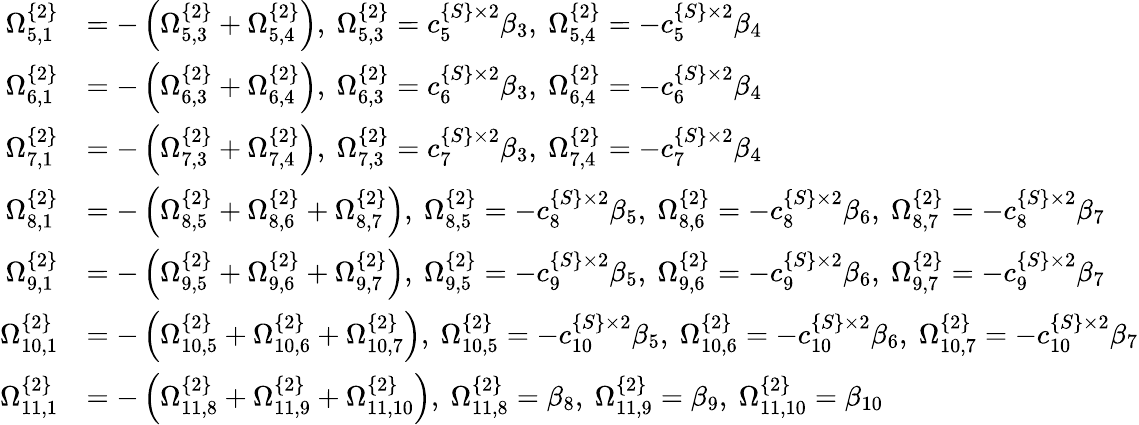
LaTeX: \begin{array}{rl}{\Omega_{5,1}^{\{ 2\} }}&{=-\left(\Omega_{5,3}^{\{ 2\} }+\Omega_{5,4}^{\{ 2\} }\right),\ \Omega_{5,3}^{\{ 2\} }=c_{5}^{\{ S\} \times 2}\beta_{3},\ \Omega_{5,4}^{\{ 2\} }=-c_{5}^{\{ S\} \times 2}\beta_{4}}\\ {\Omega_{6,1}^{\{ 2\} }}&{=-\left(\Omega_{6,3}^{\{ 2\} }+\Omega_{6,4}^{\{ 2\} }\right),\ \Omega_{6,3}^{\{ 2\} }=c_{6}^{\{ S\} \times 2}\beta_{3},\ \Omega_{6,4}^{\{ 2\} }=-c_{6}^{\{ S\} \times 2}\beta_{4}}\\ {\Omega_{7,1}^{\{ 2\} }}&{=-\left(\Omega_{7,3}^{\{ 2\} }+\Omega_{7,4}^{\{ 2\} }\right),\ \Omega_{7,3}^{\{ 2\} }=c_{7}^{\{ S\} \times 2}\beta_{3},\ \Omega_{7,4}^{\{ 2\} }=-c_{7}^{\{ S\} \times 2}\beta_{4}}\\ {\Omega_{8,1}^{\{ 2\} }}&{=-\left(\Omega_{8,5}^{\{ 2\} }+\Omega_{8,6}^{\{ 2\} }+\Omega_{8,7}^{\{ 2\} }\right),\ \Omega_{8,5}^{\{ 2\} }=-c_{8}^{\{ S\} \times 2}\beta_{5},\ \Omega_{8,6}^{\{ 2\} }=-c_{8}^{\{ S\} \times 2}\beta_{6},\ \Omega_{8,7}^{\{ 2\} }=-c_{8}^{\{ S\} \times 2}\beta_{7}}\\ {\Omega_{9,1}^{\{ 2\} }}&{=-\left(\Omega_{9,5}^{\{ 2\} }+\Omega_{9,6}^{\{ 2\} }+\Omega_{9,7}^{\{ 2\} }\right),\ \Omega_{9,5}^{\{ 2\} }=-c_{9}^{\{ S\} \times 2}\beta_{5},\ \Omega_{9,6}^{\{ 2\} }=-c_{9}^{\{ S\} \times 2}\beta_{6},\ \Omega_{9,7}^{\{ 2\} }=-c_{9}^{\{ S\} \times 2}\beta_{7}}\\ {\Omega_{10,1}^{\{ 2\} }}&{=-\left(\Omega_{10,5}^{\{ 2\} }+\Omega_{10,6}^{\{ 2\} }+\Omega_{10,7}^{\{ 2\} }\right),\ \Omega_{10,5}^{\{ 2\} }=-c_{10}^{\{ S\} \times 2}\beta_{5},\ \Omega_{10,6}^{\{ 2\} }=-c_{10}^{\{ S\} \times 2}\beta_{6},\ \Omega_{10,7}^{\{ 2\} }=-c_{10}^{\{ S\} \times 2}\beta_{7}}\\ {\Omega_{11,1}^{\{ 2\} }}&{=-\left(\Omega_{11,8}^{\{ 2\} }+\Omega_{11,9}^{\{ 2\} }+\Omega_{11,10}^{\{ 2\} }\right),\ \Omega_{11,8}^{\{ 2\} }=\beta_{8},\ \Omega_{11,9}^{\{ 2\} }=\beta_{9},\ \Omega_{11,10}^{\{ 2\} }=\beta_{10}}\end{array}